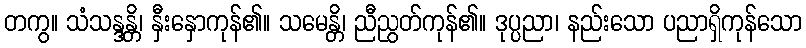
တကွ။ သံသန္ဒန္တိ၊ နှီးနှောကုန်၏။ သမေန္တိ၊ ညီညွတ်ကုန်၏။ ဒုပ္ပညာ၊ နည်းသော ပညာရှိကုန်သော